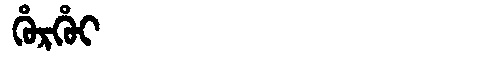
Manchu: ᡥᡠᡵᡥᡠᡳ
Romanization: HURHUI